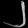
Digit: ၂